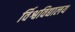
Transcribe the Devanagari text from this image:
र्विश्वविद्यालय